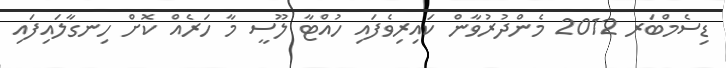
ޑިސެމްބަރ 2012 މެންދުރުވާން ކައިރިވެފައި ހުއްޓާ ލޫސީ މާ ހަރެއް ކޮށް ހިނގާލައިފައި